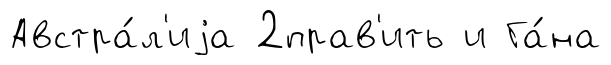
Австра́л'иjа 2прав'ить и Га́на